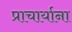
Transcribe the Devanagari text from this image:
प्राचार्याना